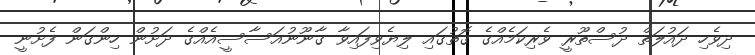
ދިވެހި ދައުލަތް ދުސްތޫރީ ވެރިކަމެއްގެ ގޮތުގައި ލިޔެވިފައިވާ ގާނޫނުއަސާސީއެއްގެ ދަށުން ހިންގަން ފެށުނީ